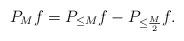
LaTeX: \begin{align*}P_M f=P_{\leq M}f-P_{\leq \frac{M}{2}}f.\end{align*}